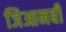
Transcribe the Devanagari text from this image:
जिआनबी